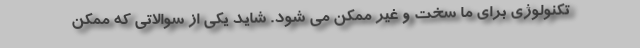
تکنولوژی برای ما سخت و غیر ممکن می شود. شاید یکی از سوالاتی که ممکن